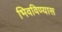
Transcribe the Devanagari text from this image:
भिवविण्यास